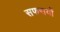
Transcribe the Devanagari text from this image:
सफसयों